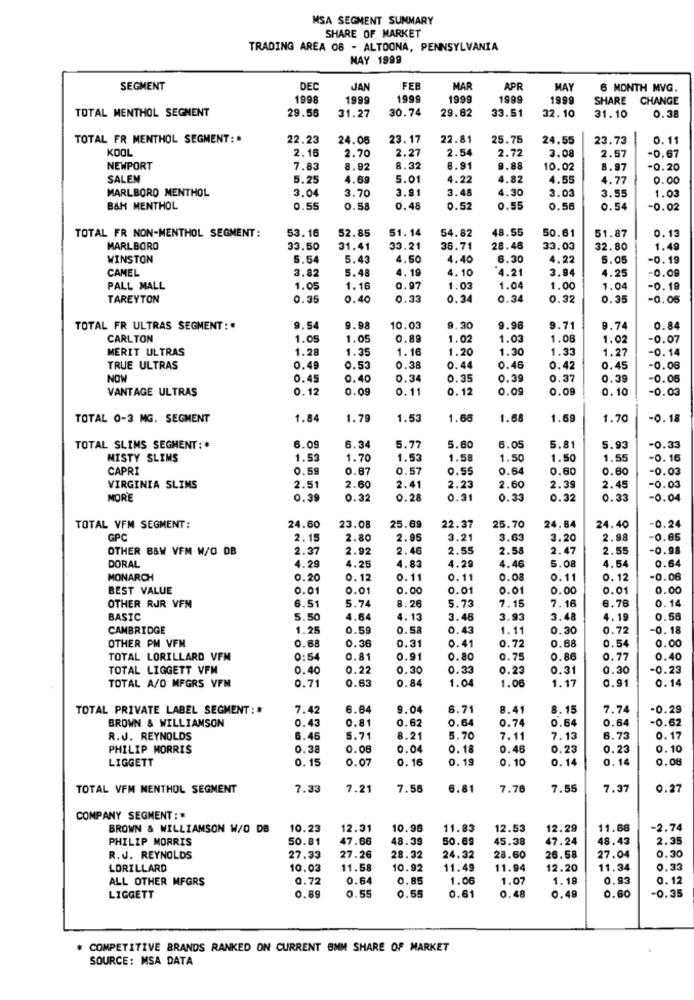
MSA SEGMENT SUMMARY
SHARE OF MARKET
TRADING AREA 08 - ALTOONA, PENNSYLVANIA
NAY 1999
SEGMENT
DEC
JAN
FEB
MAR
APR
MAY
6 MONTH MVG.
1998
1999
1999
1999
1999
1999
SHARE CHANGE
TOTAL MENTHOL SEGMENT
29.56
31.27
30.74
29.62
33.51
32.10
31.10
0.38
TOTAL FR MENTHOL SEGMENT: .
22.23
24.05
23.17
22.81
25.75
24.55
23.73
0.11
KOOL
2.27
2.54
2.72
3.08
2.16
2.70
2.57
-0.67
NEWPORT
7.83
8.92
8.32
8.91
9.88
10.02
8.97
-0.20
SALEM
5.25
4.69
5.01
4.22
4.82
4.55
4.77
0.00
MARLBORO MENTHOL
3.04
3.70
3.91
3.48
4.30
3.03
3.55
1.03
B&H MENTHOL
0.55
0.58
0.48
0.52
0.55
0.56
0.54
-0.02
53.16
52.85
51.14
54.82
48.55
50.61
51.87
0.13
TOTAL FR NON-MENTHOL SEGMENT:
MARLBORO
33.50
31.41
33.21
36.71
28.46
33.03
32.80
1.49
WINSTON
5.54
5.43
4.50
4.40
6.30
4.22
5.05
-0.19
CAMEL
3.82
5.48
4. 19
1. 10
4.21
3.94
4.25
-0.09
PALL MALL
1.05
1.16
0.97
1.03
1.04
1.00
1.04
-0. 19
TAREYTON
0.35
0.40
0.33
0.34
0.34
0.32
0.35
-0.05
TOTAL FR ULTRAS SEGMENT :*
9.54
9.98
10.03
9.30
9.96
9.71
9.74
0.84
CARLTON
1.05
1.05
0.89
1.02
1.03
1.08
1.02
-0.07
MERIT ULTRAS
1.28
1.35
1.16
1.20
1.30
1.33
1.27
-0.14
TRUE ULTRAS
0.49
0.53
0.38
0.44
0.46
0.42
0.45
-0.06
NOW
0.45
0.40
0.34
0.35
0.39
0.37
0.39
-0.05
VANTAGE ULTRAS
0.12
0.09
0.11
0.12
0.09
0.09
0.10
-0.03
TOTAL 0-3 MG. SEGMENT
1.84
1.79
1.53
1.68
1.68
1.69
1.70
-0. 18
TOTAL SLIMS SEGMENT : *
6.09
6.34
5.77
5.60
6.05
5.81
5.93
-0.33
MISTY SLIMS
1.53
1.70
1.53
1.58
1.50
1.50
1.55
-0.16
CAPRI
0.59
0.67
0.57
0.55
0.64
0.60
0.60
-0.03
2.39
VIRGINIA SLIMS
2.51
2.60
2.41
2.23
2.60
2.45
-0.03
MORE
0.39
0.32
0.28
0.31
0.33
0.32
0.33
-0.04
TOTAL VFM SEGMENT:
24.60
23.08
25.69
22.37
25.70
24,84
24.40
-0.24
GPC
2.15
2.80
2.95
3.21
3.63
3.20
2.98
-0.65
OTHER B&W VEM W/O DB
2.37
2.92
2.46
2.55
2.58
2.47
2.55
-0.98
DORAL
4.25
4.83
4.54
0.64
4.29
1.29
4.46
5.08
MONARCH
0.20
0.12
0.11
0.11
0.08
0.11
0. 12
-0.06
BEST VALUE
0.01
0.01
0.00
0.01
0.01
0.00
0.01
0.00
6.51
5.74
8.26
5.73
7.18
6.76
0.14
OTHER RJR VFM
7.15
BASIC
5.50
4.64
4.13
3.45
3.93
3.48
4.19
0.56
CAMBRIDGE
1.25
0.59
0.58
0.43
1.11
0.30
0.72
-0.18
OTHER PM VFM
0.68
0.41
0.68
0.54
0.00
0.36
0.31
0.72
TOTAL LORILLARD VFM
0:54
0.81
0.91
0.80
0.75
0.86
0.77
0.40
TOTAL LIGGETT VFW
0.40
0.22
0.30
0.33
0.23
0.31
0.30
-0.23
TOTAL A/O MFGRS VFM
0.71
0.63
0.84
1.04
1. 17
0.91
0.14
1.06
TOTAL PRIVATE LABEL SEGMENT : #
7.42
6.64
9.04
6.71
8.41
8.15
7.74
-0.29
BROWN & WILLIAMSON
0.43
0.81
0.62
0.64
0.74
0.64
0.64
-0.62
R.J. REYNOLDS
6.46
5.71
8.21
5.70
7.11
7.13
6.73
0. 17
PHILIP MORRIS
0.38
0.06
0.04
0.18
0.46
0.23
0.23
0. 10
LIGGETT
0. 15
0.07
0.16
0.19
0.10
0.14
0.14
0.08
TOTAL VFM NENTHOL SEGMENT
7.33
7.21
7.56
6.81
7.76
7.55
7.37
0.27
COMPANY SEGMENT :
BROWN & WILLIAMSON W/O DB
10.23
12.31
10.96
11.83
12.53
12.29
11.68
-2.74
PHILIP MORRIS
50.81
47.66
48.39
50.69
45.38
47.24
48.43
2.35
0.30
R. J. REYNOLDS
27.33
27.26
28.32
24.32
28.60
26.58
27.04
LORILLARD
10.03
11.58
10.92
11.49
11.94
12.20
11.34
0.33
ALL OTHER MFGRS
0.72
0.64
0.85
1.06
1.07
1.19
0.93
0.12
0.55
0.48
0.35
LIGGETT
0.89
0.55
0.61
0.49
0.60
# COMPETITIVE BRANDS RANKED ON CURRENT BMM SHARE OF MARKET
SOURCE: MSA DATA